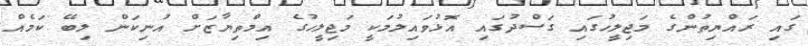
ގައި ރައްޔިތުންގެ މަޖިލީހުގައި ގަސްދުގައި އޮޅުވައިލުމަކީ މަޖިލީހުގެ އިމްތިޔާޒަށް އުނިކަން ލިބޭ ކަމެއް